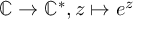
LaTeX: \mathbb { C } \to \mathbb { C } ^ { * } , z \mapsto e ^ { z }